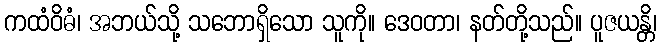
ကထံဝိဓံ၊ အဘယ်သို့ သဘောရှိသော သူကို။ ဒေဝတာ၊ နတ်တို့သည်။ ပူဇယန္တိ၊